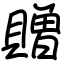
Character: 贈